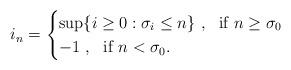
LaTeX: \begin{align*}i_n = \begin{cases}\sup \{i \geq 0:\sigma_i \leq n \} ~,~\mbox{ if } n \geq \sigma_0 \\-1 ~,~\mbox{ if } n < \sigma_0.\end{cases}\end{align*}